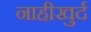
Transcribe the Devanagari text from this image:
नाहीखुर्द